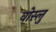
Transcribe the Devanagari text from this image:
वोस्लु